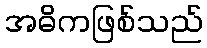
အဓိကဖြစ်သည်